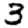
Digit: 3